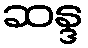
ဆန္ဒ